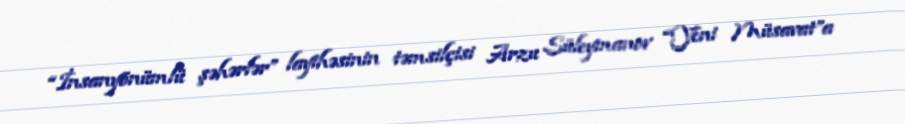
“İnsanyönümlü şəhərlər” layihəsinin təmsilçisi Arzu Süleymanov “Yeni Müsavat”a